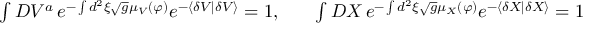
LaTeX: \begin{array} { c c c } { { \int { D V ^ { a } } \, e ^ { - \int { d ^ { 2 } \xi \sqrt g } \mu _ { V } ( \varphi ) } e ^ { - \left\langle { { \delta V } } \mathrel { \left| { \vphantom { { \delta V } { \delta V } } } \right. \kern - \nulldelimiterspace } { { \delta V } } \right\rangle } = 1 , } } & { { } } & { { \int { D X } \, e ^ { - \int { d ^ { 2 } \xi \sqrt g } \mu _ { X } ( \varphi ) } e ^ { - \left\langle { { \delta X } } \mathrel { \left| { \vphantom { { \delta X } { \delta X } } } \right. \kern - \nulldelimiterspace } { { \delta X } } \right\rangle } = 1 } } \end{array}